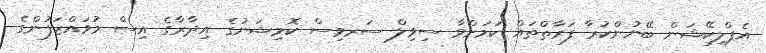
އެޕްލިކޭޝަން ބޭނުންކުރާ ފަރާތްތައް ކަމަށްވާ ސިވިލް ސަރވިސް ކޮމިޝަނުގެ އިދާރާގެ އިސް މުވައްޒަފުންގެ